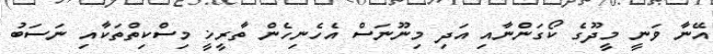
އޭނާ ވަނީ މީދޫގެ ކޯގަންނާއި އަދި މިނޫނަސް އެހެނިހެން ތާރީޚީ މިސްކިތްތަކާއި ނަސަބު